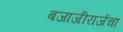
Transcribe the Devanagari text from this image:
बजाजीराजेंचा